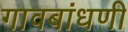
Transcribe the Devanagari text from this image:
गावबांधणी